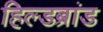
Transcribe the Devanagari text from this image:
हिल्डब्रांड